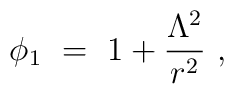
\phi_1\ =\ 1+\frac{\Lambda^2}{r^2} \ ,